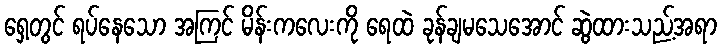
ရှေ့တွင် ရပ်နေသော အကြင် မိန်းကလေးကို ရေထဲ ခုန်ချမသေအောင် ဆွဲထားသည့်အရာ